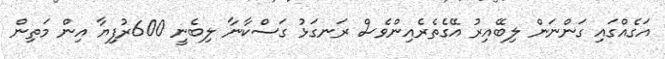
އަގެއްގައި ގަންނަން ލިބޭއިރު އޭގެތެރެއިންވެސް ރަނގަޅު ގަސްކާނާ ލިބެނީ 600ރުފިޔާ އިން މަތިން